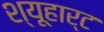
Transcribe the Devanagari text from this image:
श्यूहार्ट